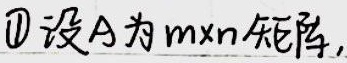
\textcircled{1} 设\(A\)为\(m\times n\)矩阵，